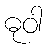
ဓုဝါ